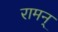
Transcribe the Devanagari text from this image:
रामन्‌